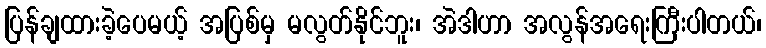
ပြန်ချထားခဲ့ပေမယ့် အပြစ်မှ မလွတ်နိုင်ဘူး၊ အဲဒါဟာ အလွန်အရေးကြီးပါတယ်၊